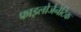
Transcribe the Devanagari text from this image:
फाइलोजैनेटिक